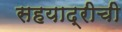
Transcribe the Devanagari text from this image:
सहयाद्रीची